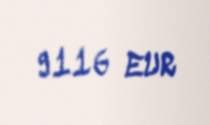
9116 EUR